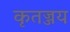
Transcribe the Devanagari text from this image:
कृतज्जय